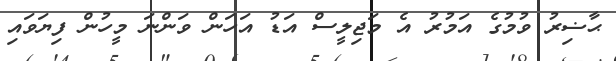
ޙާޟިރު ވުމުގެ އަމުރު އެ މަޖިލީސް އަޑު އަހަން ވަންނަ މީހުން ފިޔަވައި